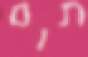
תום